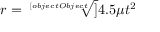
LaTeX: r = { \sqrt [ [object Object] ] { 4 . 5 \mu t ^ { 2 } } }